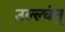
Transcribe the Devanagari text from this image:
उल्ल्घंन्